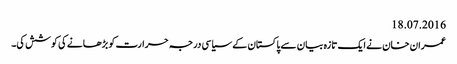
18.07.2016
عمران خان نے ایک تازہ بیان سے پاکستان کے سیاسی درجہ حرارت کو بڑھانے کی کوشش کی۔